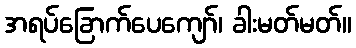
အရပ်ခြောက်ပေကျော်၊ ခါးမတ်မတ်။